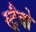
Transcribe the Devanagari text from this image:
स्ट्रैवो